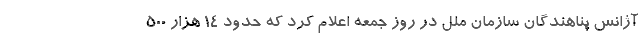
آژانس پناهندگان سازمان ملل در روز جمعه اعلام کرد که حدود 14 هزار 500